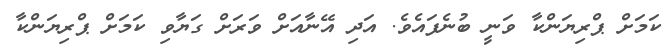
ކަމަށް ޕްރިޔަންކާ ވަނީ ބުނެފައެވެ. އަދި އޭނާއަށް ވަރަށް ގަޔާވި ކަމަށް ޕްރިޔަންކާ